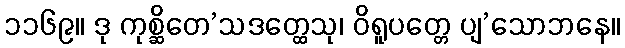
၁၁၆၉။ ဒု ကုစ္ဆိတေ’သဒတ္ထေသု၊ ဝိရူပတ္တေ ပျ’သောဘနေ။